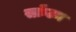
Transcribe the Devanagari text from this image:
स्क्रॅंटन